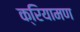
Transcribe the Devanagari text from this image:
क्रियामण